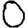
Digit: 0